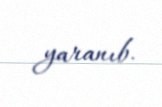
yaranıb.